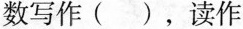
数写作（ ），读作